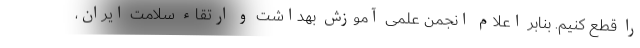
را قطع کنیم. بنابر اعلام انجمن علمی آموزش بهداشت و ارتقاء سلامت ایران،